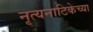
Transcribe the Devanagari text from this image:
नृत्यनाटिकेच्या